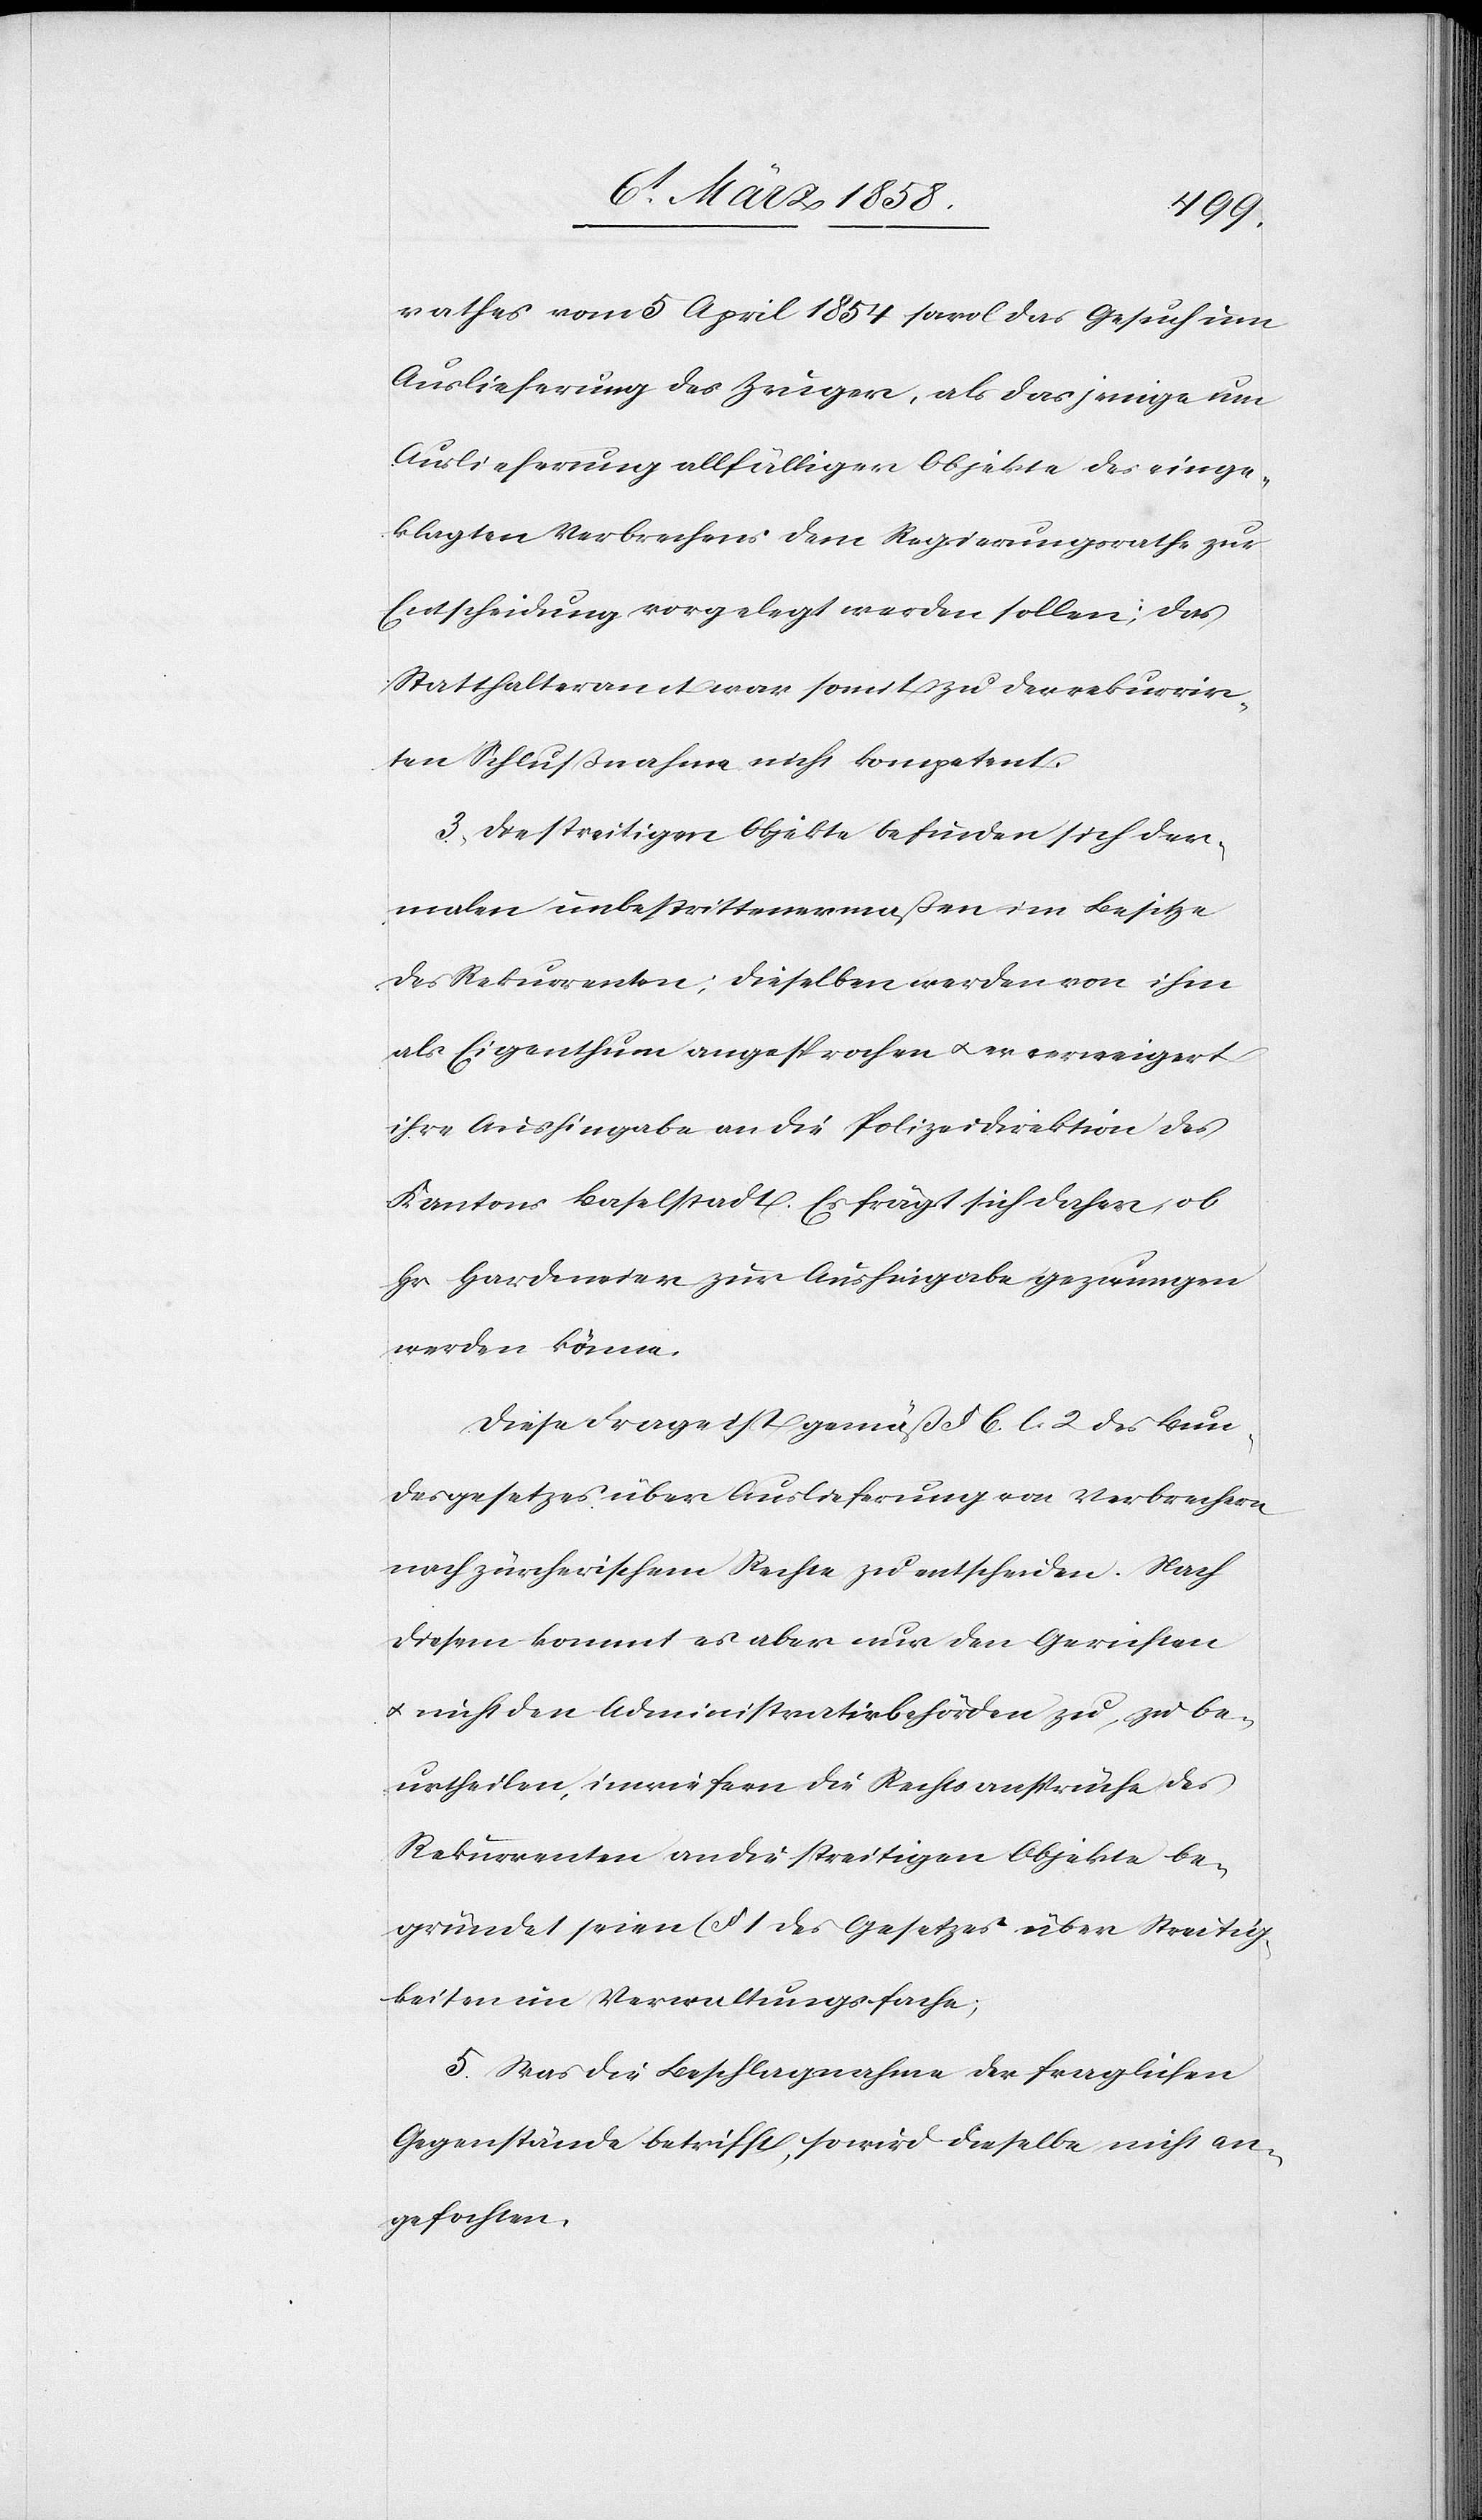
rathes vom 5 April 1854 sowol das Gesuch um
Auslieferung des Zeuger, als dasjenige um
Auslieferung allfälliger Objekte des einge¬
klagten Verbrechens dem Regierungsrathe zur
Entscheidung vorgelegt werden sollen; das
Statthalteramt war somit zu der rekurrir¬
ten Schlußnahme nicht kompetent.
3. Die streitigen Objekte befinden sich der¬
malen unbestrittenermaßen im Besitze
des Rekurrenten; dieselben werden von ihm
als Eigenthum angesprochen u. er verweigert
ihre Aushingabe an die Polizeidirektion des
Kantons Baselstadt. Es frägt sich daher, ob
Hr Hardmeier zur Aushingabe gezwungen
werden könne.
Diese Frage ist gemäß § 6. l. 2 des Bun¬
desgesetzes über Auslieferung von Verbrechern
nach zürcherischem Rechte zu entscheiden. Nach
diesem kommt es aber nur den Gerichten
u. nicht den Administrativbehörden zu, zu be¬
urtheilen, inwiefern die Rechtsansprüche des
Rekurrenten an die streitigen Objekte be¬
gründet seien (§ 1 des Gesetzes über Streitig¬
keiten im Verwaltungsfache)
5. Was die Beschlagnahme der fraglichen
Gegenstände betrifft, so wird dieselbe nicht an¬
gefochten.